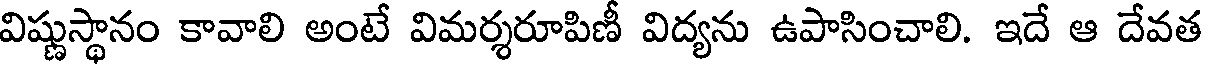
విష్ణుస్థానం కావాలి అంటే విమర్శరూపిణీ విద్యను ఉపాసించాలి. ఇదే ఆ దేవత